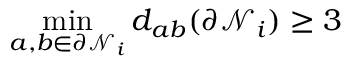
\mathop { \operatorname* { m i n } } _ { a , b \in \partial \mathcal { N } _ { i } } d _ { a b } ( \partial \mathcal { N } _ { i } ) \geq 3